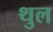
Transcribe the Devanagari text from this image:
थुल